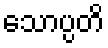
သောပ္ပတိ